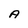
Character: A